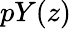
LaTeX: pY(z)